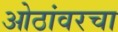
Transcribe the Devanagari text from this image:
ओठांवरचा